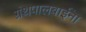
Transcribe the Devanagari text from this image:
ग्रंथपालबाईंना